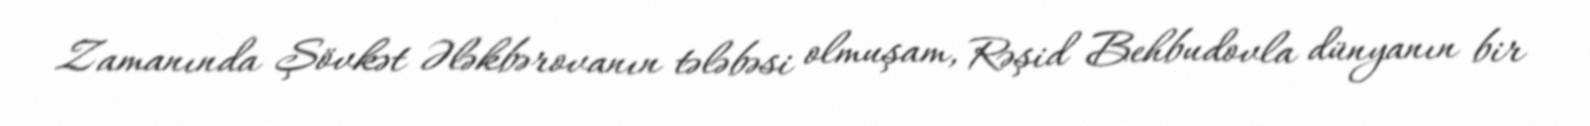
Zamanında Şövkət Ələkbərovanın tələbəsi olmuşam, Rəşid Behbudovla dünyanın bir